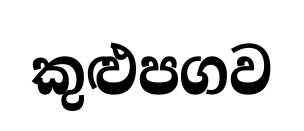
කුළුපගව